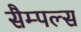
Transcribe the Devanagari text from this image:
सैम्पल्स